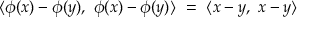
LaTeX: \langle \phi ( x ) - \phi ( y ) , \ \phi ( x ) - \phi ( y ) \rangle \ = \ \langle x - y , \ x - y \rangle